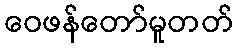
ဝေဖန်တော်မူတတ်